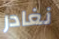
نغادر